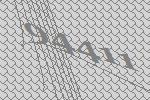
94411